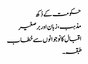
حکومت کے دُکھ
مذہب، زبان اور برصغیر
اقبال کا نوجوانوں سے خطاب
طبقہ۔